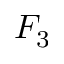
F _ { 3 }